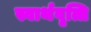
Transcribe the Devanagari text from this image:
स्वार्थवृत्ति